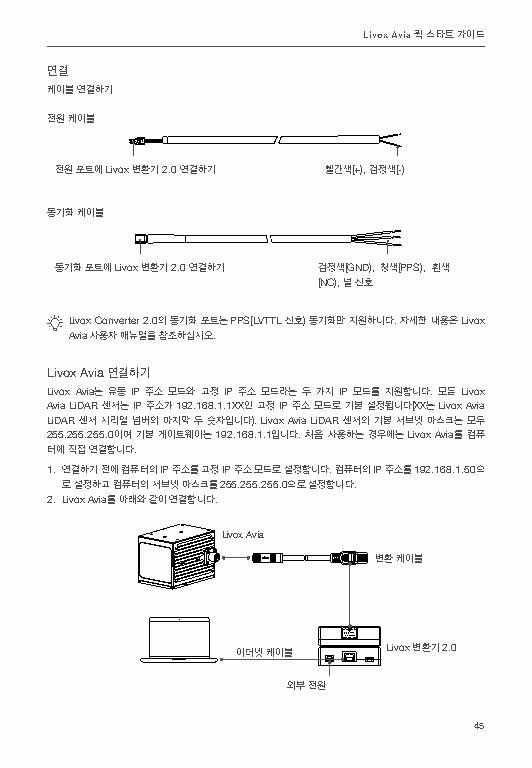
Livox Avia 퀵 스타트 가이드
 연결
 케이블 연결하기
 전원 케이블
 AA                 AB
 전원 포트에 Livox 변환기 2.0 연결하기 빨간색(+), 검정색(-)
 동기화 케이블
 동기화 포트에 Livox 변환기 2.0 연결하기 검정색(GND), 청색(PPS), 흰색
 (NC), 널 신호
 Livox Converter 2.0의 동기화 포트는 PPS(LVTTL 신호) 동기화만 지원하니다. 자세한 내용은 Livox
 Avia 사용자 매뉴얼을 참조하십시오.
 Livox Avia 연결하기
 Livox Avia는 유동 IP 주소 모드와 고정 IP 주소 모드라는 두 가지 IP 모드를 지원합니다. 모든 Livox
 Avia LiDAR 센서는 IP 주소가 192.168.1.1XX인 고정 IP 주소 모드로 기본 설정됩니다(XX는 Livox Avia
 LiDAR 센서 시리얼 넘버의 마지막 두 숫자입니다). Livox Avia LiDAR 센서의 기본 서브넷 마스크는 모두
 255.255.255.0이며 기본 게이트웨이는 192.168.1.1입니다. 처음 사용하는 경우에는 Livox Avia를 컴퓨
 터에 직접 연결합니다.
 1. 연결하기 전에 컴퓨터의 IP 주소를 고정 IP 주소 모드로 설정합니다. 컴퓨터의 IP 주소를 192.168.1.50으
 로 설정하고 컴퓨터의 서브넷 마스크를 255.255.255.0으로 설정합니다.
 2. Livox Avia를 아래와 같이 연결합니다.
 Livox Avia
 변환 케이블
 이더넷 케이블   Livox 변환기 2.0
 외부 전원
 45